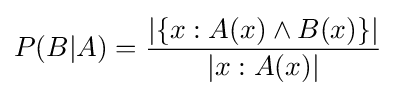
P(B|A)={\frac {|\{x:A(x)\land B(x)\}|}{|x:A(x)|}}